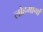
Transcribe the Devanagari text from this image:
लोहमार्गां